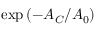
\mathrm { e x p } \left( - A _ { C } / A _ { 0 } \right)